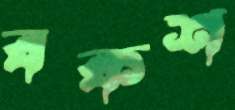
বকশ